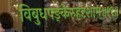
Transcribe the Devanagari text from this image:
विबुधपङ्केरुहदृशाम्॥१९॥